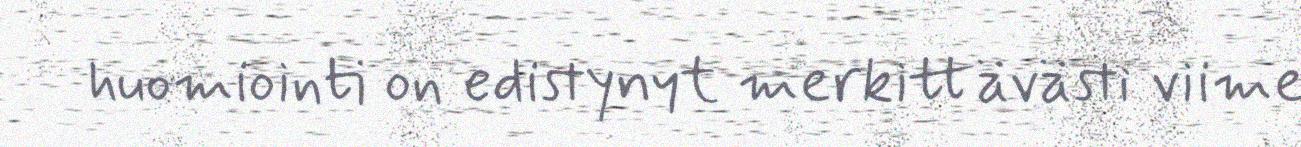
huomiointi on edistynyt merkittävästi viime